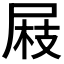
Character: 𡲅